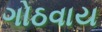
ગોઠવાય